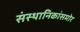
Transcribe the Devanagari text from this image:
संस्थानिकांसमोर